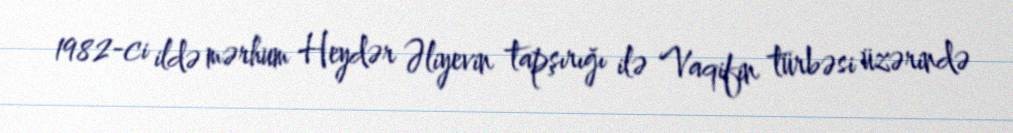
1982-ci ildə mərhum Heydər Əliyevin tapşırığı ilə Vaqifin türbəsi üzərində